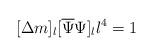
LaTeX: \begin{align*}[\Delta m]_l[\overline{\Psi}\Psi]_ll^4=1\end{align*}